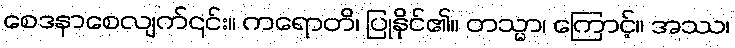
စေဒနာစေလျက်၎င်း။ ကရောတိ၊ ပြုနိုင်၏။ တသ္မာ၊ ကြောင့်။ အဿ၊